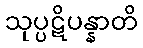
သုပ္ပဋိပန္နာတိ